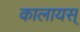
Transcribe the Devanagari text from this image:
कालायस्